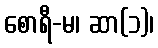
စောရီ-မ၊ ဆာ(၁)၊